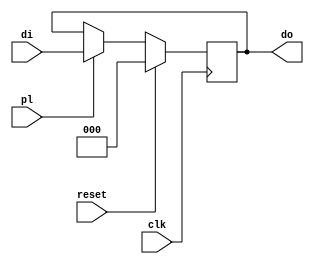
module RMOD (clk, reset, pl, di, do);
	input clk, reset, pl;
	input [2:0] di;
	output reg [2:0] do;

	always @(posedge clk)
		if(reset)
			do <= 3'b0;
		else
			if(pl)
				do <= di;
endmodule